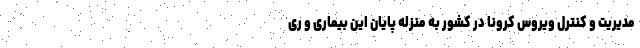
مدیریت و کنترل ویروس کرونا در کشور به منزله پایان این بیماری و ری